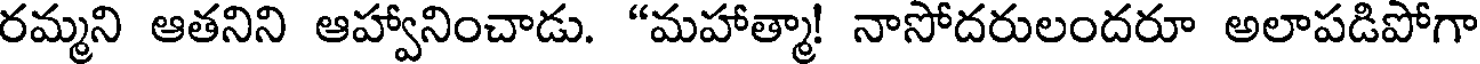
రమ్మని ఆతనిని ఆహ్వానించాడు. "మహాత్మా! నాసోదరులందరూ అలాపడిపోగా